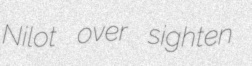
Nilot over sighten